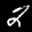
Label: 2